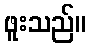
ဖူးသည်။